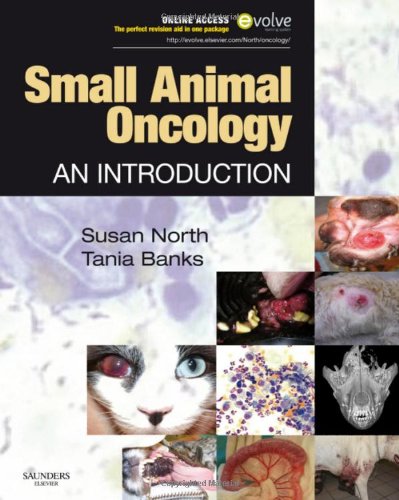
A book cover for Small Animal Oncology: An Introduction, 1e; Susan M. North BSc(Hons)  PhD  DVM  DipACVIM(Med Onc)  DipECVIM-CA(Int Med and Med Onc)  MRCVS; Medical Books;